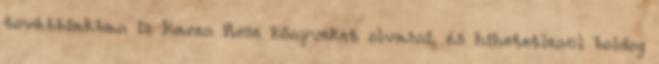
továbbiakban is Karen Rose könyveket olvasni, és hihetetlenül boldog